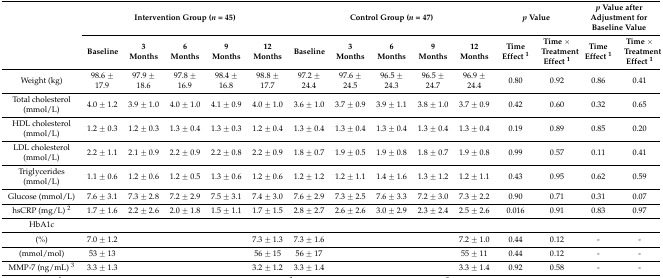
<table><thead><tr><td rowspan="2"></td><td colspan="5"><b>Intervention Group (<i>n</i> = 45)</b></td><td colspan="5"><b>Control Group (<i>n</i> = 47)</b></td><td colspan="2"><b><i>p</i> Value</b></td><td colspan="2"><b><i>p</i> Value after Adjustment for Baseline Value</b></td></tr><tr><td><b>Baseline</b></td><td><b>3 Months</b></td><td><b>6 Months</b></td><td><b>9 Months</b></td><td><b>12 Months</b></td><td><b>Baseline</b></td><td><b>3 Months</b></td><td><b>6 Months</b></td><td><b>9 Months</b></td><td><b>12 Months</b></td><td><b>Time Effect <sup>1</sup></b></td><td><b>Time × Treatment Effect <sup>1</sup></b></td><td><b>Time Effect <sup>1</sup></b></td><td><b>Time × Treatment Effect <sup>1</sup></b></td></tr></thead><tbody><tr><td>Weight (kg)</td><td>98.6 ± 17.9</td><td>97.9 ± 18.6</td><td>97.8 ± 16.9</td><td>98.4 ± 16.8</td><td>98.8 ± 17.7</td><td>97.2 ± 24.4</td><td>97.6 ± 24.5</td><td>96.5 ± 24.3</td><td>96.5 ± 24.7</td><td>96.9 ± 24.4</td><td>0.80</td><td>0.92</td><td>0.86</td><td>0.41</td></tr><tr><td>Total cholesterol (mmol/L)</td><td>4.0 ± 1.2</td><td>3.9 ± 1.0</td><td>4.0 ± 1.0</td><td>4.1 ± 0.9</td><td>4.0 ± 1.0</td><td>3.6 ± 1.0</td><td>3.7 ± 0.9</td><td>3.9 ± 1.1</td><td>3.8 ± 1.0</td><td>3.7 ± 0.9</td><td>0.42</td><td>0.60</td><td>0.32</td><td>0.65</td></tr><tr><td>HDL cholesterol (mmol/L)</td><td>1.2 ± 0.3</td><td>1.2 ± 0.3</td><td>1.3 ± 0.4</td><td>1.3 ± 0.3</td><td>1.2 ± 0.4</td><td>1.3 ± 0.4</td><td>1.3 ± 0.4</td><td>1.3 ± 0.4</td><td>1.3 ± 0.4</td><td>1.3 ± 0.4</td><td>0.19</td><td>0.89</td><td>0.85</td><td>0.20</td></tr><tr><td>LDL cholesterol (mmol/L)</td><td>2.2 ± 1.1</td><td>2.1 ± 0.9</td><td>2.2 ± 0.9</td><td>2.2 ± 0.8</td><td>2.2 ± 0.9</td><td>1.8 ± 0.7</td><td>1.9 ± 0.5</td><td>1.9 ± 0.8</td><td>1.8 ± 0.7</td><td>1.9 ± 0.8</td><td>0.99</td><td>0.57</td><td>0.11</td><td>0.41</td></tr><tr><td>Triglycerides (mmol/L)</td><td>1.1 ± 0.6</td><td>1.2 ± 0.6</td><td>1.2 ± 0.5</td><td>1.3 ± 0.6</td><td>1.2 ± 0.6</td><td>1.2 ± 1.2</td><td>1.2 ± 1.1</td><td>1.4 ± 1.6</td><td>1.3 ± 1.2</td><td>1.2 ± 1.1</td><td>0.43</td><td>0.95</td><td>0.62</td><td>0.59</td></tr><tr><td>Glucose (mmol/L)</td><td>7.6 ± 3.1</td><td>7.3 ± 2.8</td><td>7.2 ± 2.9</td><td>7.5 ± 3.1</td><td>7.4 ± 3.0</td><td>7.6 ± 2.9</td><td>7.3 ± 2.5</td><td>7.6 ± 3.3</td><td>7.2 ± 3.0</td><td>7.3 ± 2.2</td><td>0.90</td><td>0.71</td><td>0.31</td><td>0.07</td></tr><tr><td>hsCRP (mg/L) <sup>2</sup></td><td>1.7 ± 1.6</td><td>2.2 ± 2.6</td><td>2.0 ± 1.8</td><td>1.5 ± 1.1</td><td>1.7 ± 1.5</td><td>2.8 ± 2.7</td><td>2.6 ± 2.6</td><td>3.0 ± 2.9</td><td>2.3 ± 2.4</td><td>2.5 ± 2.6</td><td>0.016</td><td>0.91</td><td>0.83</td><td>0.97</td></tr><tr><td>HbA1c</td><td></td><td></td><td></td><td></td><td></td><td></td><td></td><td></td><td></td><td></td><td></td><td></td><td></td><td></td></tr><tr><td>(%)</td><td>7.0 ± 1.2</td><td></td><td></td><td></td><td>7.3 ± 1.3</td><td>7.3 ± 1.6</td><td></td><td></td><td></td><td>7.2 ± 1.0</td><td>0.44</td><td>0.12</td><td>-</td><td>-</td></tr><tr><td>(mmol/mol)</td><td>53 ± 13</td><td></td><td></td><td></td><td>56 ± 15</td><td>56 ± 17</td><td></td><td></td><td></td><td>55 ± 11</td><td>0.44</td><td>0.12</td><td>-</td><td>-</td></tr><tr><td>MMP-7 (ng/mL) <sup>3</sup></td><td>3.3 ± 1.3</td><td></td><td></td><td></td><td>3.2 ± 1.2</td><td>3.3 ± 1.4</td><td></td><td></td><td></td><td>3.3 ± 1.4</td><td>0.92</td><td>0.58</td><td>-</td><td>-</td></tr></tbody></table>